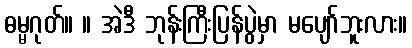
ဓမ္မဂုတ်။ ။ အဲဒီ ဘုန်းကြီးပြန်ပွဲမှာ မပျော်ဘူးလား။